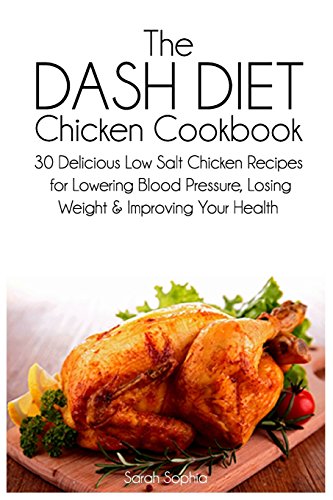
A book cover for The DASH Diet Chicken Cookbook: 30 Delicious Low Salt Chicken Recipes for Lowering Blood Pressure, Losing Weight and Improving Your Health; Sarah Sophia; Cookbooks, Food & Wine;